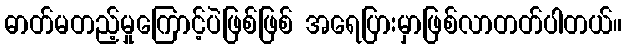
ဓာတ်မတည့်မှုကြောင့်ပဲဖြစ်ဖြစ် အရေပြားမှာဖြစ်လာတတ်ပါတယ်။